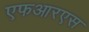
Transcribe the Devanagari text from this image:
एफआरएस